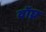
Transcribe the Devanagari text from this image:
वॉघ्न